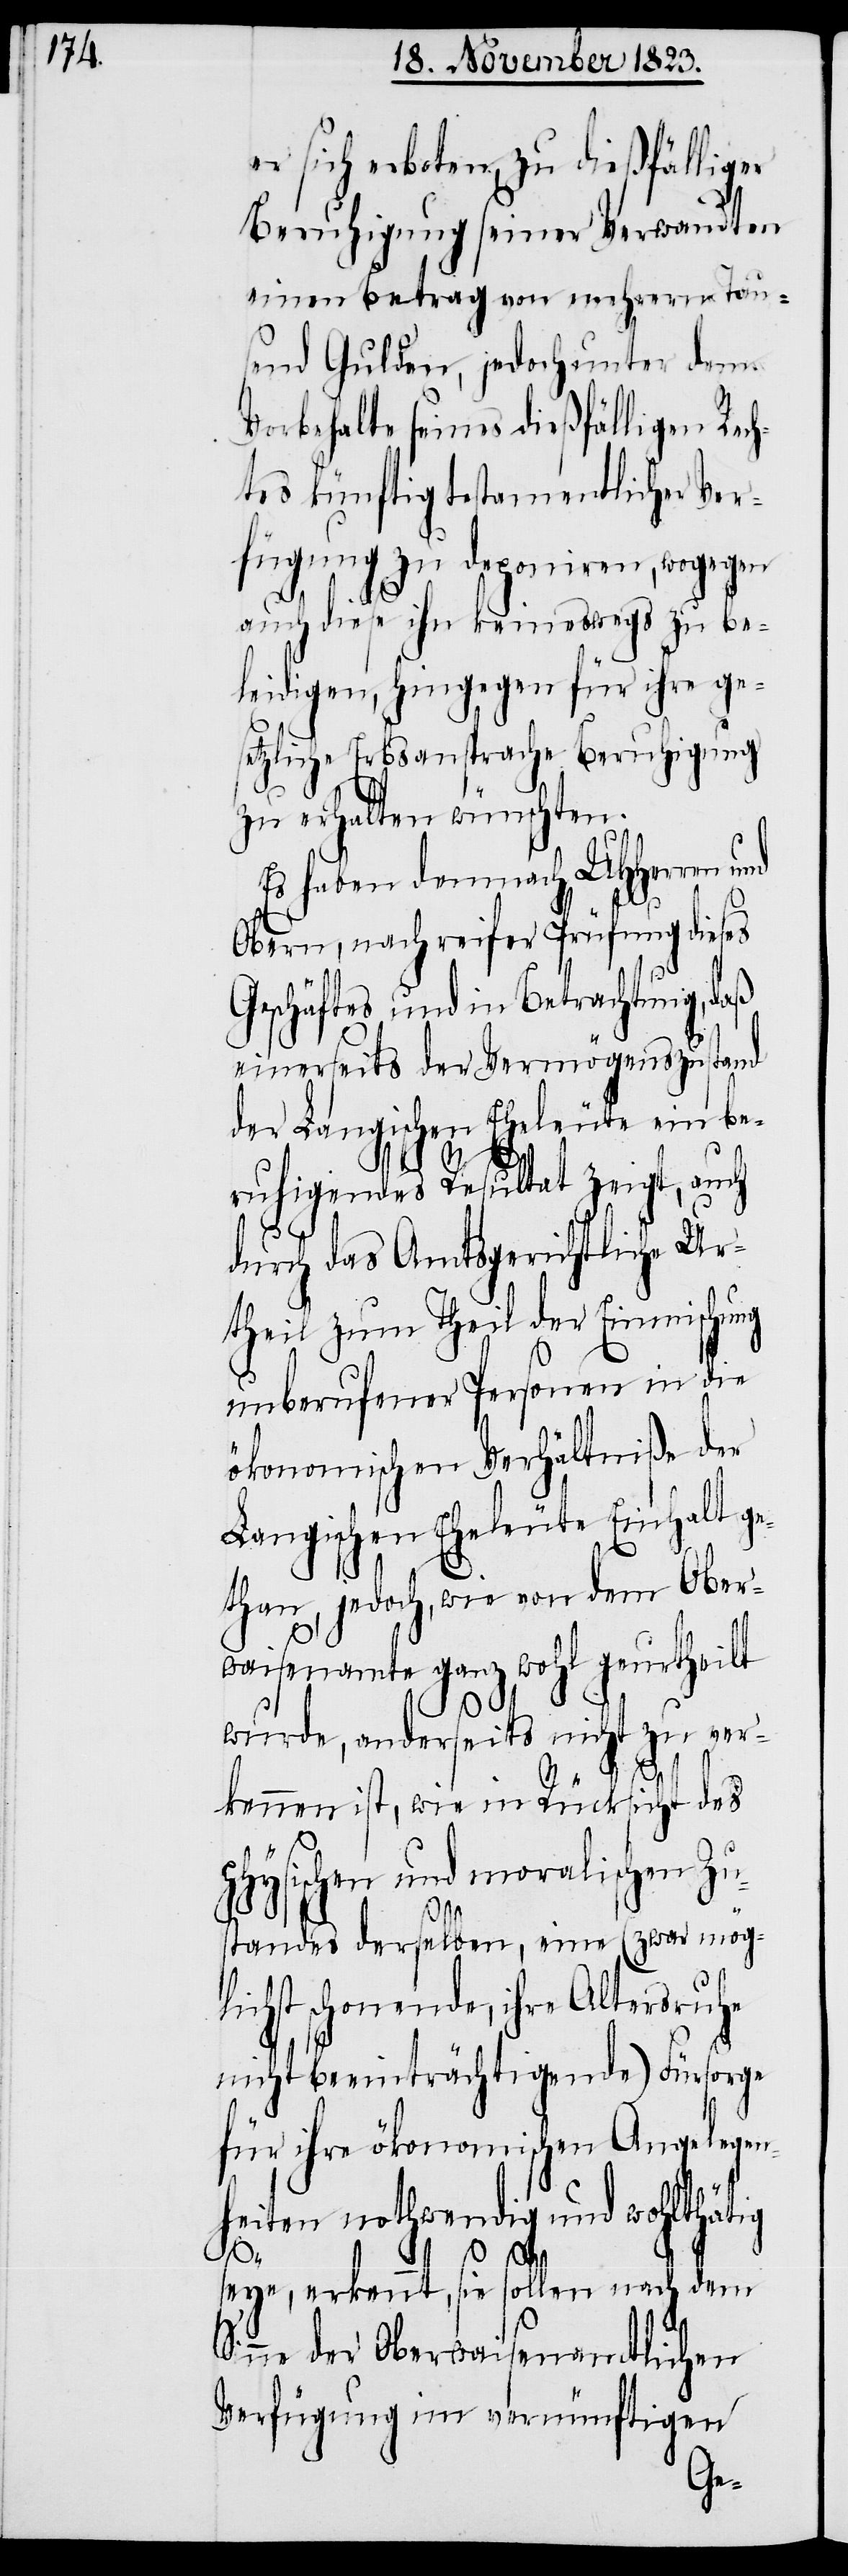
r sich erboten, zu dießfälliger
Beruhigung seiner Verwandten
einen Betrag von mehrern Tau¬
send Gulden, jedoch unter dem
Vorbehalte seines dießfälligen Rec¬
htes künftig testamentlicher Ver¬
fügung zu deponiren, wogegen
auch diese ihn keineswegs zu be¬
leidigen, hingegen für ihre ge¬
setzliche Erbsansprache Beruhigung
zu erhalten wünschten.
Es haben demnach UHHerren
Obern, nach reifer Prüfung dieses
Geschäftes und in Betrachtung, daß
einerseits der Vermögenszustand
der Langischen Eheleute ein be¬
ruhigendes Resultat zeigt, auch
durch das Amtsgerichtliche Ur¬
theil zum Theil der Einmischung
unberufener Personen in die
ökonomischen Verhältniße der
Langischen Eheleute Einhalt g¬
ethan, jedoch, wie von dem Ober¬
waisenamte ganz wohl geurtheilt
wurde, anderseits nicht zu ver¬
kennen ist, wie in Rücksicht des
hysischen und moralischen Zu¬
standes derselben, eine (zwar mögli¬
chst schonende, ihre Altersruhe
nicht beeinträchtigende) Fürsorge
für ihre ökonomischen Angelegen¬
heiten nothwendig und wohlthätig
p¬
seye, erkennt, sie sollen nach dem
Sinne der Oberwaisenamtlichen
Verfügung im vernünftigen